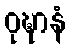
ဝုဍ္ဎာနံ